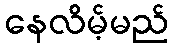
နေလိမ့်မည်